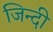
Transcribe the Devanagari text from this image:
जिन्दी